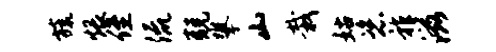
旒煨侄流兢攀山栽姑恣祚滋